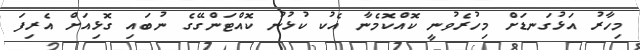
މިހާރު އަޅުގަނޑަށް މިހުރެވުނީ ކޮއްކޮމެނާ އެކު ކުޅުނު ކޮއްޓަންގޭގެ ނުބައި ގޮޅިއަށް އެރިފަ